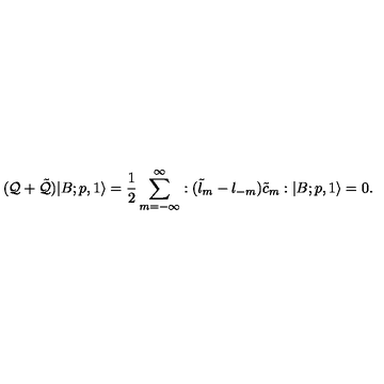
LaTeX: ( { \cal Q } + \tilde { \cal Q } ) | B ; p , 1 \rangle = \frac { 1 } { 2 } \sum _ { m = - \infty } ^ { \infty } : ( \tilde { l } _ { m } - { l } _ { - m } ) \tilde { c } _ { m } : | B ; p , 1 \rangle = 0 .